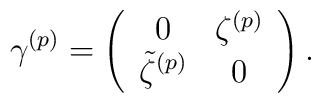
\gamma^{(p)} = \left(\begin{array}{cc}0 &\zeta^{(p)} \\\tilde{\zeta}^{(p)} & 0\end{array}\right).